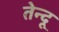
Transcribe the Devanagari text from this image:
तेन्दू